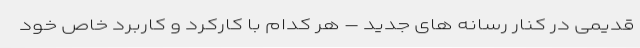
قدیمی در کنار رسانه های جدید – هر کدام با کارکرد و کاربرد خاص خود